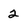
Character: 2